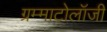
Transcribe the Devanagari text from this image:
ग्रम्माटोलॉजी